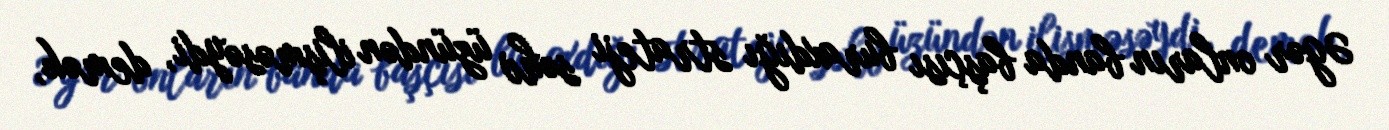
Əgər onların banda başçısı buraxdığı strateji səhv üzündən ilişməsəydi, demək,